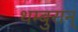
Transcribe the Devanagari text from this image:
थम्बुरान्